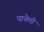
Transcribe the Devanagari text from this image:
पानेली